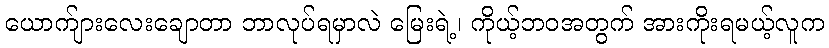
ယောက်ျားလေးချောတာ ဘာလုပ်ရမှာလဲ မြေးရဲ့၊ ကိုယ့်ဘဝအတွက် အားကိုးရမယ့်လူက